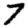
Digit: 7